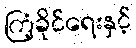
ကြံ့ခိုင်ရေးနှင့်